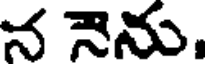
న నెను,